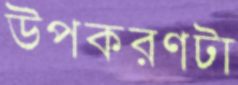
উপকরণটা